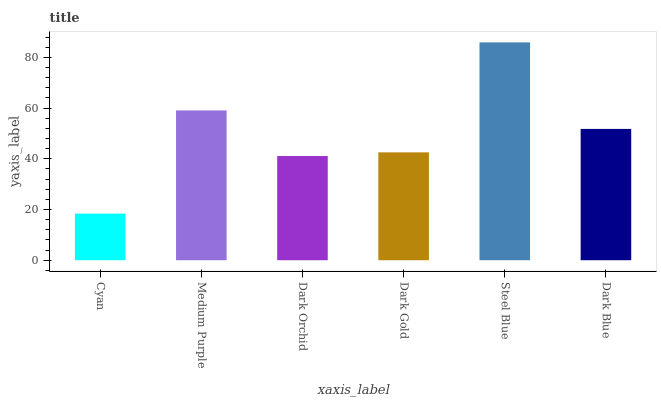
| xaxis_label | bars |
 | --- | --- |
 | Cyan | 18.4 |
 | Medium Purple | 59.1 |
 | Dark Orchid | 41.1 |
 | Dark Gold | 42.5 |
 | Steel Blue | 85.9 |
 | Dark Blue | 51.8 |